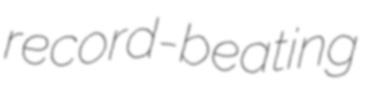
record-beating